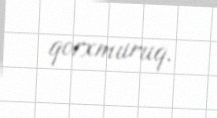
qorxmuruq.